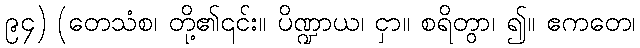
၉၄) (တေသံစ၊ တို့၏၎င်း။ ပိဏ္ဍာယ၊ ငှာ။ စရိတွာ၊ ၍။ ဧကတေ၊